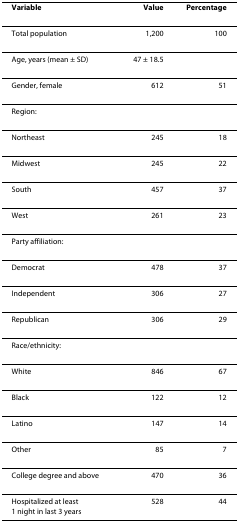
<table><thead><tr><td><b>Variable</b></td><td><b>Value</b></td><td><b>Percentage</b></td></tr></thead><tbody><tr><td>Total population</td><td>1,200</td><td>100</td></tr><tr><td>Age, years (mean ± SD)</td><td>47 ± 18.5</td><td></td></tr><tr><td>Gender, female</td><td>612</td><td>51</td></tr><tr><td>Region:</td><td></td><td></td></tr><tr><td>Northeast</td><td>245</td><td>18</td></tr><tr><td>Midwest</td><td>245</td><td>22</td></tr><tr><td>South</td><td>457</td><td>37</td></tr><tr><td>West</td><td>261</td><td>23</td></tr><tr><td>Party affiliation:</td><td></td><td></td></tr><tr><td>Democrat</td><td>478</td><td>37</td></tr><tr><td>Independent</td><td>306</td><td>27</td></tr><tr><td>Republican</td><td>306</td><td>29</td></tr><tr><td>Race/ethnicity:</td><td></td><td></td></tr><tr><td>White</td><td>846</td><td>67</td></tr><tr><td>Black</td><td>122</td><td>12</td></tr><tr><td>Latino</td><td>147</td><td>14</td></tr><tr><td>Other</td><td>85</td><td>7</td></tr><tr><td>College degree and above</td><td>470</td><td>36</td></tr><tr><td>Hospitalized at least 1 night in last 3 years</td><td>528</td><td>44</td></tr></tbody></table>